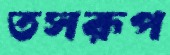
তসরূপ